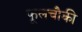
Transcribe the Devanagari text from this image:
फूलचौकी